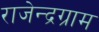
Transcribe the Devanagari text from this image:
राजेन्द्रग्राम